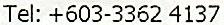
TEL: +603-3362 4137